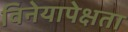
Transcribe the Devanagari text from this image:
विनेयापेक्षता